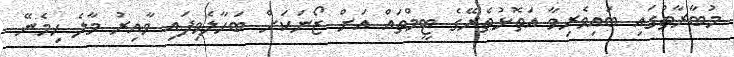
މުބާރާތުގައި ބައިވެރިވާ އަތޮޅުތެރޭގެ ޓީމްތައް އަށް ޒޯނަކަށް ބަހާލެވިފައި ވާއިރު މާލެ ހިމެނޭ